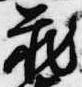
蔵